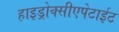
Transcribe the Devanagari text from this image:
हाइड्रोक्सीएपेटाईट